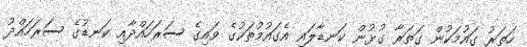
ހަތަރު ގައުމަކުން ގަތަރާ ގުޅުން ކަނޑާލައި އެގައުމުތަކުގެ ވައިގެ ސަރަހައްދާއި ކަނޑުގެ ސަރަހައްދު